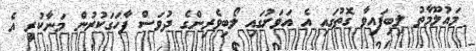
މައުލޫމާތު ލިބިފައިވާ ގޮތުގައި އެ އަވަށުގައި ލޯބިވެރިންގެ ދުވަސް ފާހަގަކުރުން މަނާކުރީ އެ